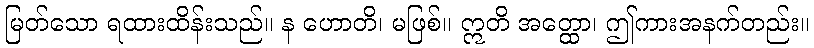
မြတ်သော ရထားထိန်းသည်။ န ဟောတိ၊ မဖြစ်။ ဣတိ အတ္ထော၊ ဤကားအနက်တည်း။